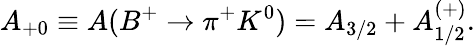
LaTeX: {A}_{+0}\equiv A({B}^{+}\rightarrow{\pi}^{+}{K}^{0})={A}_{3/2}+{A}_{1/2}^{(+)}.